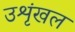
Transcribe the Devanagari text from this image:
उशृंखल